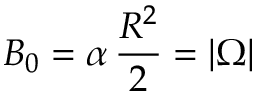
B _ { 0 } = \alpha \, \frac { R ^ { 2 } } { 2 } = | \Omega |